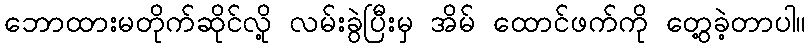
ဘောထားမတိုက်ဆိုင်လို့ လမ်းခွဲပြီးမှ အိမ် ထောင်ဖက်ကို တွေ့ခဲ့တာပါ။